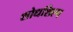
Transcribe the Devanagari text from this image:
शोधशिल्प